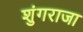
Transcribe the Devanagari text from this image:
शुंगराजा